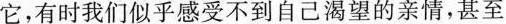
它，有时我们似乎感受不到自己渴望的亲情，甚至